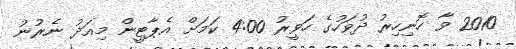
2010 ވާ ހޮނިހިރު ދުވަހުގެ ހަވީރު 4:00 ކަމަށް އެޕާޓީން މިއަދު ނެރުނު